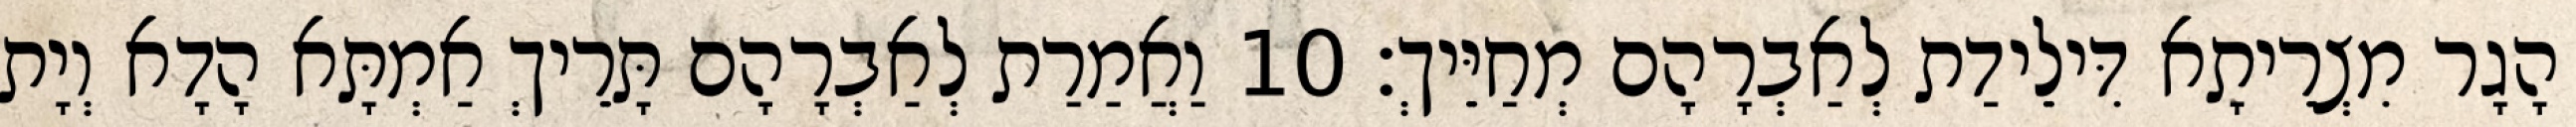
הָגָר מִצְרֵיתָא דִּילֵידַת לְאַבְרָהָם מְחַיֵּיךְ׃ 10 וַאֲמַרַת לְאַבְרָהָם תָּרֵיךְ אַמְתָּא הָדָא וְיָת